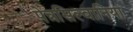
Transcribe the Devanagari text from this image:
पेन्नसिल्वानिया